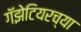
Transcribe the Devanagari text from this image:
गॅझेटियरच्या